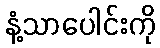
နံ့သာပေါင်းကို